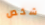
شخص